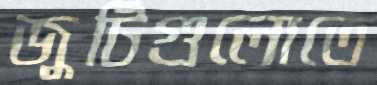
জুটিগুলোতে